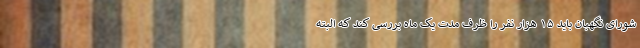
شورای نگهبان باید ۱۵ هزار نفر را ظرف مدت یک ماه بررسی کند که البته